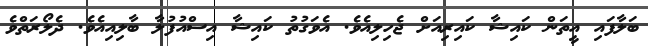
ބަލާފައި އީތަން ކައިޝާ ކައިރިއަށް ޖެހިލިއެވެ. އެވަގުތު ކައިޝާ އިސްއުފުލާ ބާލިއިއެވެ. ދެލޯރަތްވެ